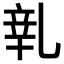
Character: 𨐐